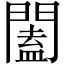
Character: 闔